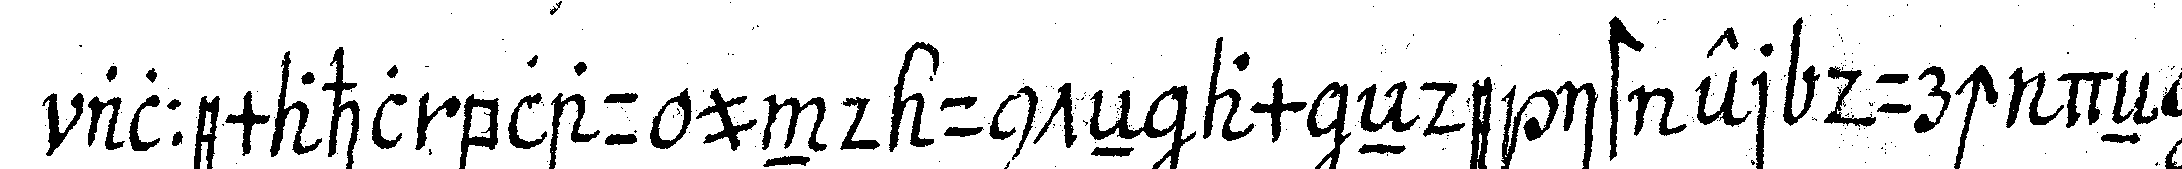
allemahl blau und unteN am eNde ist er durch deN